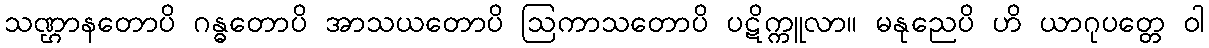
သဏ္ဌာနတောပိ ဂန္ဓတောပိ အာသယတောပိ ဩကာသတောပိ ပဋိက္ကူလာ။ မနုညေပိ ဟိ ယာဂုပတ္တေ ဝါ